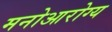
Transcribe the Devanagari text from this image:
मनोआरोग्य